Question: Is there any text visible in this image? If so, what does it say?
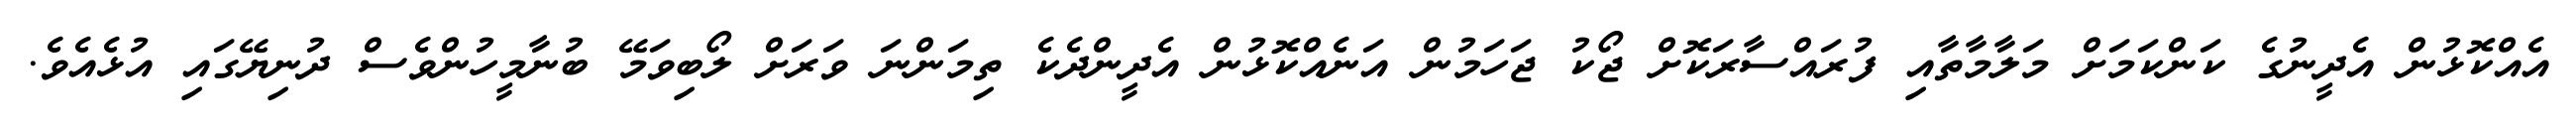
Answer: އެއްކޮޅުން އެދީނުގެ ކަންކަމަށް މަލާމާތާއި ފުރައްސާރަކޮށް ޖޯކު ޖަހަމުން އަނެއްކޮޅުން އެދީންދެކެ ތިމަންނަ ވަރަށް ލޯބިވަމޭ ބުނާމީހުންވެސް ދުނިޔޭގައި އުޅެއެވެ.